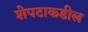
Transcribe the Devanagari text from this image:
शेपटाकडील